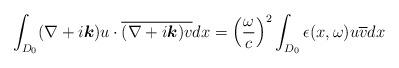
LaTeX: \begin{align*}\int_{D_0}(\nabla+i{\boldsymbol k})u\cdot\overline{(\nabla+i{\boldsymbol k})v}dx=\left(\frac{\omega}{c}\right)^2\int_{D_0} \epsilon(x,\omega)u\overline{v}dx\end{align*}